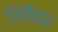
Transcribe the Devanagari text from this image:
विनैझर